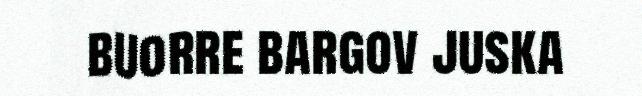
buorre bargov juska